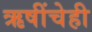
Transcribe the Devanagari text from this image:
ऋषींचेही